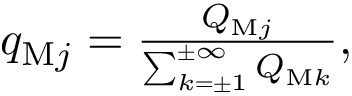
\begin{array} { r } { q _ { \mathrm { M } j } = \frac { Q _ { \mathrm { M } j } } { \sum _ { k = \pm 1 } ^ { \pm \infty } Q _ { \mathrm { M } k } } , } \end{array}